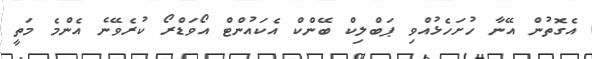
އެގޮތުން އޭނާ ހުށަހެޅުއްވި ޕަބްލިކް ބޭންކް އެކައުންޓް އޯވަޑްރޯ ކުރެވޭނެ އެންމެ މަތީ